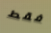
فقط